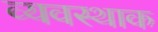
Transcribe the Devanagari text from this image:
व्यवस्थाक